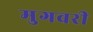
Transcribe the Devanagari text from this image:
मुगवरी